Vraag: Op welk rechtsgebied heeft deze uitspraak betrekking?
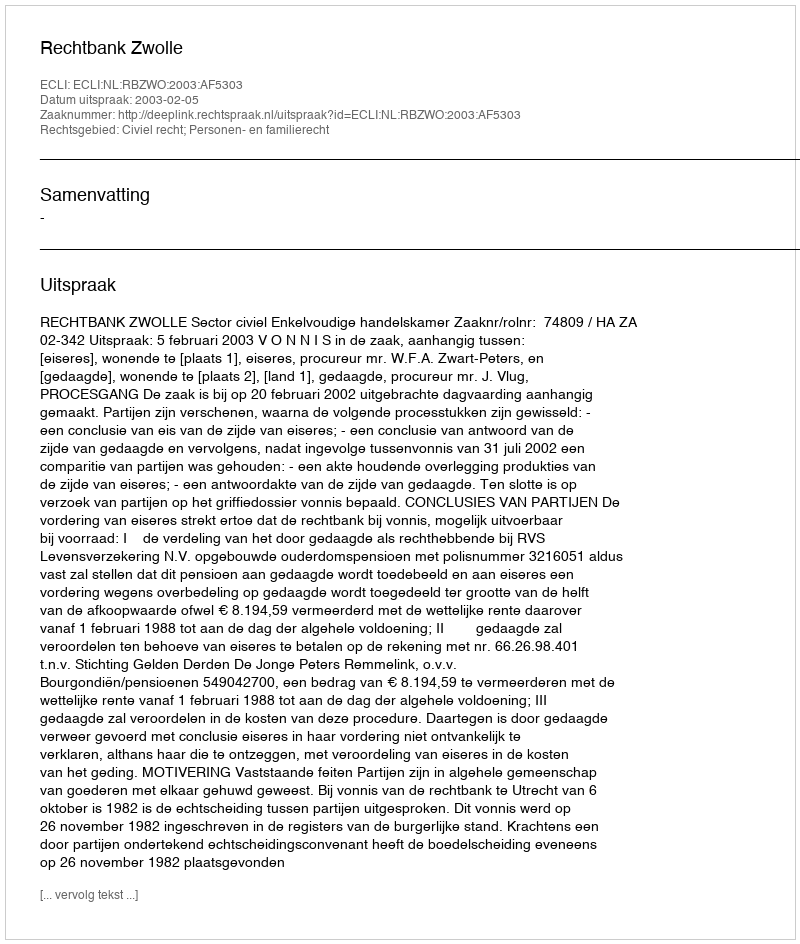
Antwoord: Civiel recht; Personen- en familierecht